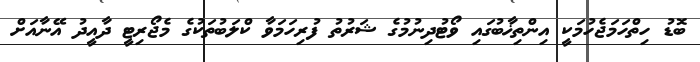
ބޮޑު ހިތްހަމަޖެހުމަކީ އިންތިޚާބުގައި ވޯޓުދިނުމުގެ ޝަރުތު ފުރިހަމަވާ ކްލަބުތަކުގެ މެޖޯރިޓީ ދާއީދު އޭނާއަށް